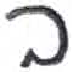
אות: ב